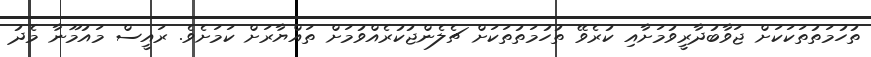
ތުހުމަތުތަކަކަށް ޖަވާބުދާރީވުމަށާއި ކުރެވޭ ތުހުމަތުތަކަށް ޗެލެންޖުކުރެއްވުމަށް ތައްޔާރަށް ކަމަށެވެ. ރައީސް މައުމޫނާ މެދު